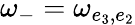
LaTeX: \omega_{-}=\omega_{e_{3},e_{2}}